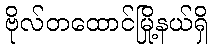
ဗိုလ်တထောင်မြို့နယ်ရှိ